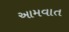
આમવાત